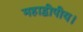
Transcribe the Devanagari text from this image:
महाद्वीपीय।